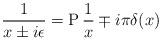
LaTeX: \begin{align*}\frac{1}{x\pm i\epsilon}={\rm P}\,\frac{1}{x}\mp i\pi\delta(x)\end{align*}